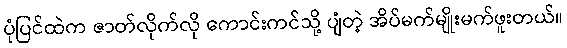
ပုံပြင်ထဲက ဇာတ်လိုက်လို ကောင်းကင်သို့ ပျံတဲ့ အိပ်မက်မျိုးမက်ဖူးတယ်။